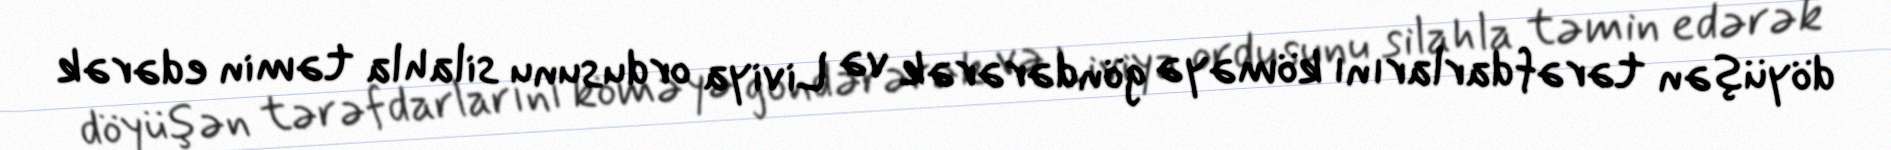
döyüşən tərəfdarlarını köməyə göndərərək və Liviya ordusunu silahla təmin edərək